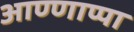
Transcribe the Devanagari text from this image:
आण्णाप्पा